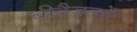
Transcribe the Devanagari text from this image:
बीडैज़ल्मेंट